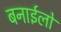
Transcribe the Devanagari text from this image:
बनाईलो